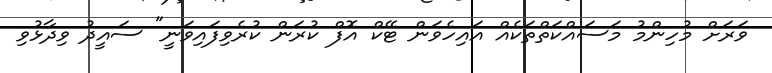
ވަރަށް މުހިންމު މަސައްކަތްތަކެއް އައިހެވަން ޓޭކް އޮފް ކުރަން ކުރެވިފައިވަނީ" ސައީދު ވިދާޅުވި